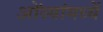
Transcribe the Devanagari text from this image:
ओंव्यांमध्यें